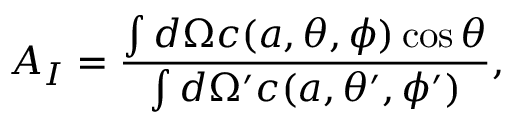
A _ { I } = \frac { \int d \Omega c ( a , \theta , \phi ) \cos \theta } { \int d \Omega ^ { \prime } c ( a , \theta ^ { \prime } , \phi ^ { \prime } ) } ,